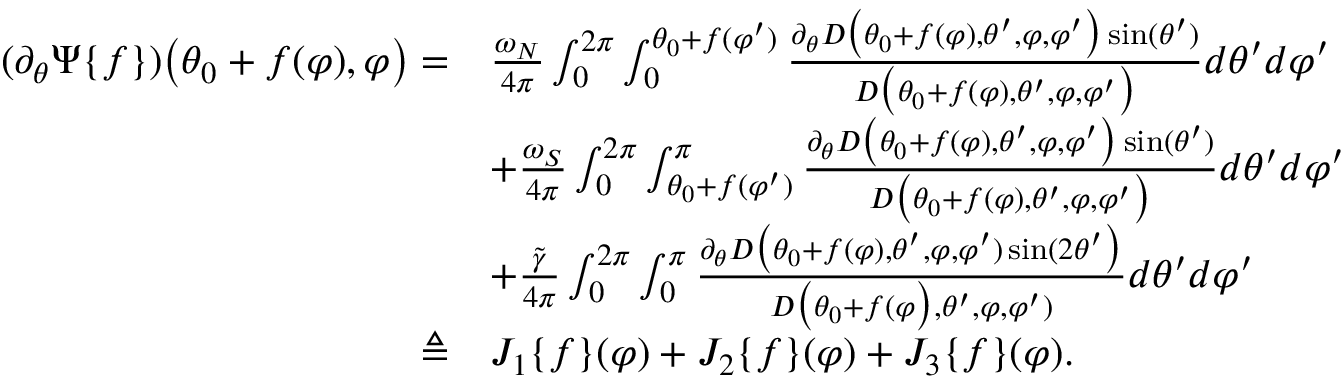
\begin{array} { r l } { ( \partial _ { \theta } \Psi \{ f \} ) \big ( \theta _ { 0 } + f ( \varphi ) , \varphi \big ) = } & { \frac { \omega _ { N } } { 4 \pi } \int _ { 0 } ^ { 2 \pi } \int _ { 0 } ^ { \theta _ { 0 } + f ( \varphi ^ { \prime } ) } \frac { \partial _ { \theta } D \big ( \theta _ { 0 } + f ( \varphi ) , \theta ^ { \prime } , \varphi , \varphi ^ { \prime } \big ) \sin ( \theta ^ { \prime } ) } { D \big ( \theta _ { 0 } + f ( \varphi ) , \theta ^ { \prime } , \varphi , \varphi ^ { \prime } \big ) } d \theta ^ { \prime } d \varphi ^ { \prime } } \\ & { + \frac { \omega _ { S } } { 4 \pi } \int _ { 0 } ^ { 2 \pi } \int _ { \theta _ { 0 } + f ( \varphi ^ { \prime } ) } ^ { \pi } \frac { \partial _ { \theta } D \big ( \theta _ { 0 } + f ( \varphi ) , \theta ^ { \prime } , \varphi , \varphi ^ { \prime } \big ) \sin ( \theta ^ { \prime } ) } { D \big ( \theta _ { 0 } + f ( \varphi ) , \theta ^ { \prime } , \varphi , \varphi ^ { \prime } \big ) } d \theta ^ { \prime } d \varphi ^ { \prime } } \\ & { + \frac { \widetilde { \gamma } } { 4 \pi } \int _ { 0 } ^ { 2 \pi } \int _ { 0 } ^ { \pi } \frac { \partial _ { \theta } D \big ( \theta _ { 0 } + f ( \varphi ) , \theta ^ { \prime } , \varphi , \varphi ^ { \prime } ) \sin ( 2 \theta ^ { \prime } \big ) } { D \big ( \theta _ { 0 } + f ( \varphi \big ) , \theta ^ { \prime } , \varphi , \varphi ^ { \prime } ) } d \theta ^ { \prime } d \varphi ^ { \prime } } \\ { \triangleq } & { J _ { 1 } \{ f \} ( \varphi ) + J _ { 2 } \{ f \} ( \varphi ) + J _ { 3 } \{ f \} ( \varphi ) . } \end{array}